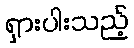
ရှားပါးသည့်